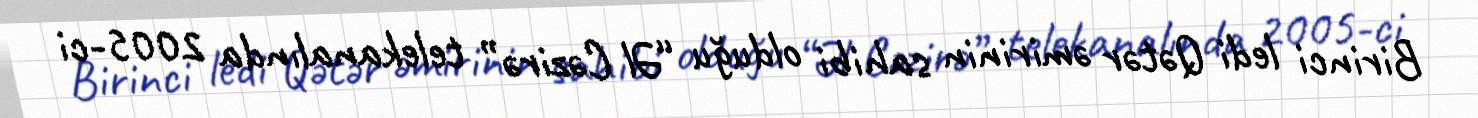
Birinci ledi Qətər əmirinin sahibi olduğu “Əl Cəzirə” telekanalında 2005-ci